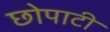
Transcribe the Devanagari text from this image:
छोपाटी